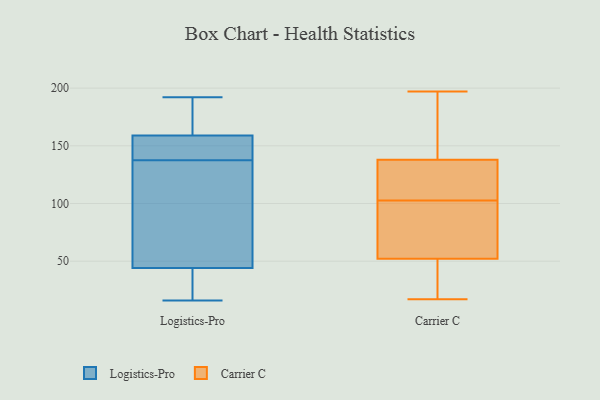
{"axis": {"x": "Website Visitors", "y": "Value"}, "legend": ["Carrier C", "Logistics-Pro"], "data": [{"x": "", "y": 53, "type": "Logistics-Pro"}, {"x": "", "y": 42, "type": "Logistics-Pro"}, {"x": "", "y": 192, "type": "Logistics-Pro"}, {"x": "", "y": 16, "type": "Logistics-Pro"}, {"x": "", "y": 51, "type": "Logistics-Pro"}, {"x": "", "y": 145, "type": "Logistics-Pro"}, {"x": "", "y": 44, "type": "Logistics-Pro"}, {"x": "", "y": 19, "type": "Logistics-Pro"}, {"x": "", "y": 124, "type": "Logistics-Pro"}, {"x": "", "y": 178, "type": "Logistics-Pro"}, {"x": "", "y": 153, "type": "Logistics-Pro"}, {"x": "", "y": 163, "type": "Logistics-Pro"}, {"x": "", "y": 134, "type": "Logistics-Pro"}, {"x": "", "y": 167, "type": "Logistics-Pro"}, {"x": "", "y": 141, "type": "Logistics-Pro"}, {"x": "", "y": 145, "type": "Logistics-Pro"}, {"x": "", "y": 34, "type": "Logistics-Pro"}, {"x": "", "y": 159, "type": "Logistics-Pro"}, {"x": "", "y": 52, "type": "Carrier C"}, {"x": "", "y": 181, "type": "Carrier C"}, {"x": "", "y": 47, "type": "Carrier C"}, {"x": "", "y": 104, "type": "Carrier C"}, {"x": "", "y": 51, "type": "Carrier C"}, {"x": "", "y": 138, "type": "Carrier C"}, {"x": "", "y": 197, "type": "Carrier C"}, {"x": "", "y": 115, "type": "Carrier C"}, {"x": "", "y": 91, "type": "Carrier C"}, {"x": "", "y": 101, "type": "Carrier C"}, {"x": "", "y": 82, "type": "Carrier C"}, {"x": "", "y": 145, "type": "Carrier C"}, {"x": "", "y": 133, "type": "Carrier C"}, {"x": "", "y": 17, "type": "Carrier C"}]}